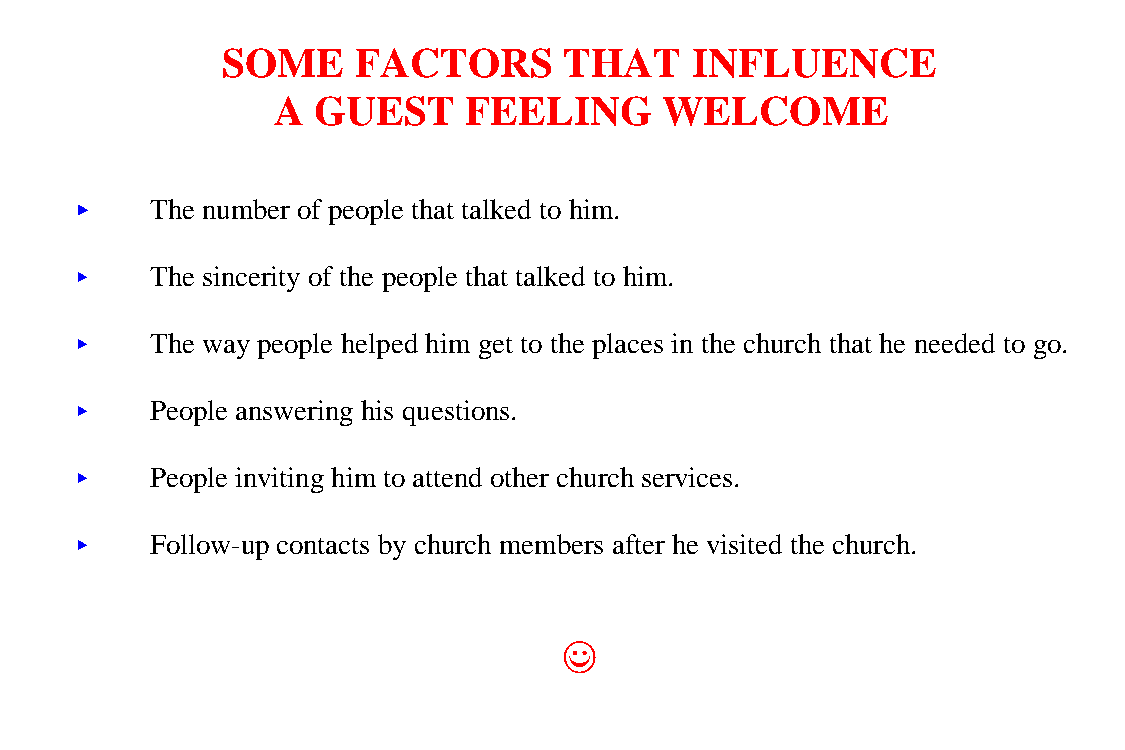
SOME    FACTORS       THAT     INFLUENCE
 A  GUEST     FEELING      WELCOME
 <<   The number of people that talked to him.
 <<   The sincerity of the people that talked to him.
 <<   The way people helped him get to the places in the church that he needed to go.
 <<   People answering his questions.
 <<   People inviting him to attend other church services.
 <<   Follow-up contacts by church members after he visited the church.
 ((